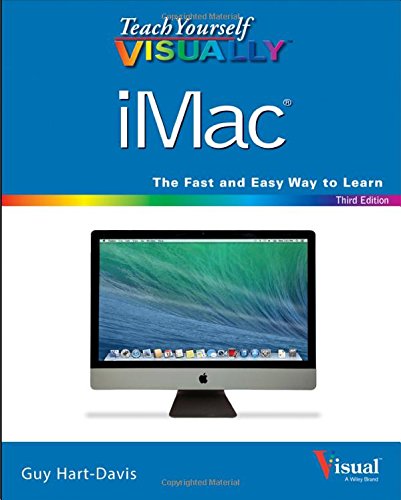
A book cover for Teach Yourself VISUALLY iMac (Teach Yourself VISUALLY (Tech)); Guy Hart-Davis; Computers & Technology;